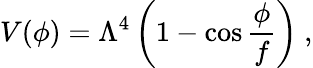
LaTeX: V(\phi)=\Lambda^{4}\left(1-\cos{\frac{\phi}{f}}\right)\ ,